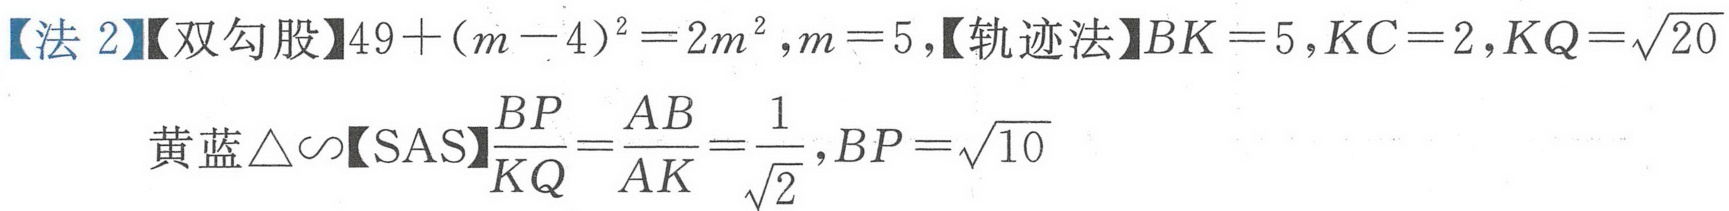
【法 2】【双勾股】\(49+(m - 4)^{2}=2m^{2}\), \(m = 5\),【轨迹法】\(BK = 5\), \(KC = 2\), \(KQ=\sqrt{20}\)
黄蓝\(\triangle\sim\)【SAS】\(\dfrac{BP}{KQ}=\dfrac{AB}{AK}=\dfrac{1}{\sqrt{2}}\), \(BP=\sqrt{10}\)